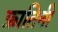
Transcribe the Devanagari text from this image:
फ्रातिनी